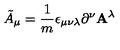
{ \tilde { A } } _ { \mu } = \frac { 1 } { m } \epsilon _ { \mu \nu \lambda } \partial ^ { \nu } { \bf A } ^ { \lambda }